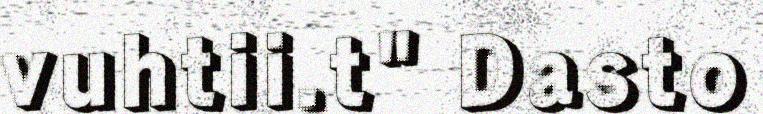
vuhtii.t" Dasto